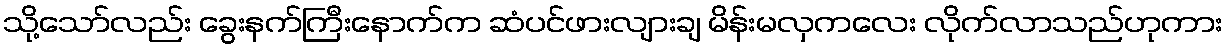
သို့သော်လည်း ခွေးနက်ကြီးနောက်က ဆံပင်ဖားလျားချ မိန်းမလှကလေး လိုက်လာသည်ဟုကား